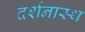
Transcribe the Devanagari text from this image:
दर्शनास्थ